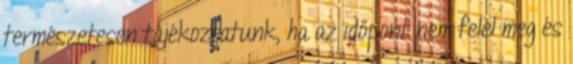
természetesen tájékoztatunk, ha az időpont nem felel meg és